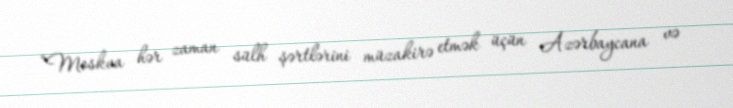
“Moskva hər zaman sülh şərtlərini müzakirə etmək üçün Azərbaycana və